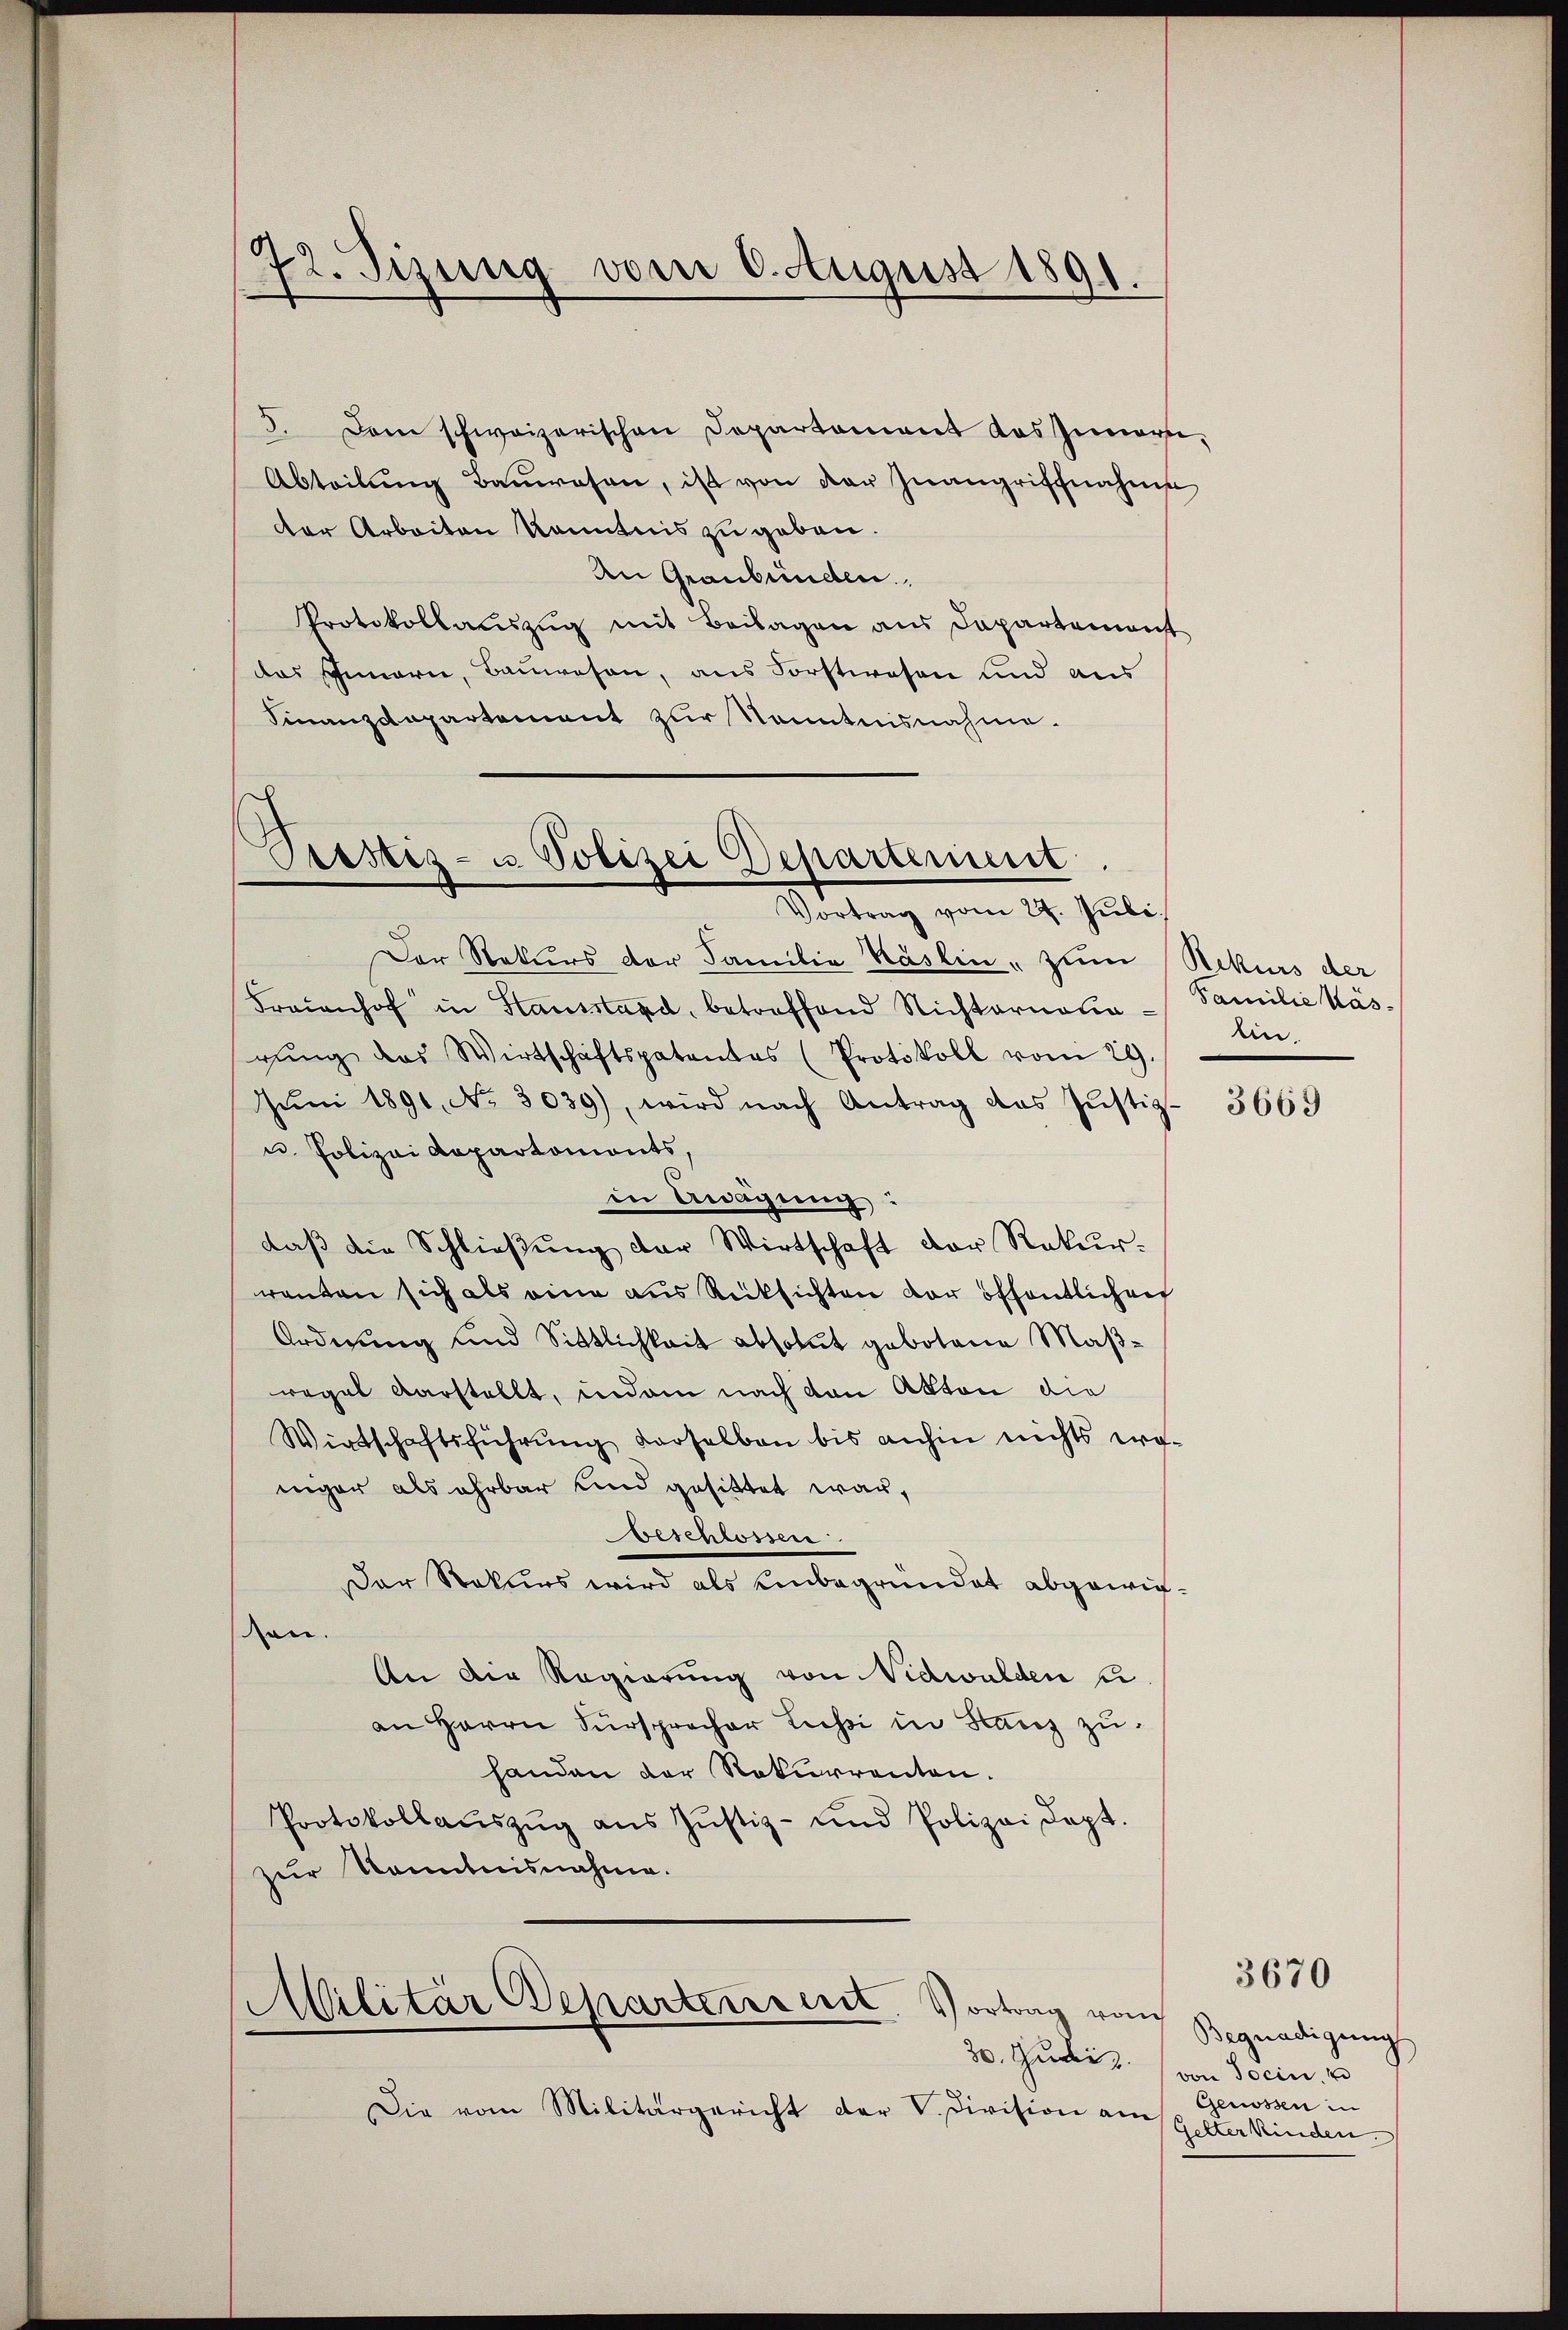
72. Sizung vom 6. August 1891.

5. Dem schweizerischen Departement das Innern,
Abteilung Bauwesen, ist von der Inangriffnahme
der Arbeiten kanntnis zu geben.
An Graubünden.
Protokollaŭszŭg mit Beilagen aus Departement
das Innern, Bauwesen, aus Forstwesen und aus
Finanzdepartement zur Kenntnisnahme.

Piustiz- u. Polizei Departerint.
Vortrag vom 27. Juli.

Militär Departensirt. Vortrag von
30. Juli.

Der Rekurs der Familie Käslin, zum Rekurs der
Fraionhof in Hausstand, betreffend Nichternann
gŭng des Wirtschaftspatentes (Protokoll vom 29.
Jŭni 1891 No 3039), wird nach Antrag des Jŭstiz-
u. Polizei Repartements,
in Awägung:
daβ die Schließung der Wirtschaft der Rekurrenten sich als eine aus Rücksichten der öffentlichen
Ordnung und Sittlichkeit absolut gebotene Maßregel darstellt, indem nach den Akten die
Wirtschaftsführung derselben bis anhin nichts woinger als ehrbar und gesittet war,
beschlossen
Der Rekurs wird als einbegründet abgewiean.
An die Regierung von Nidwalden zu
an Herrn Fürsprecher Lessi in Stanz zuhanden der Rekurrenten.
Protokollaŭszŭg ans Justiz- und Polizei Sept.
zur Kenntnisnahme.

Die vom Militärgericht der V. Division am

Familie Käslin.

3669

Begnadigung
von Jocin.
Genossen in
felter Kinden.

3670